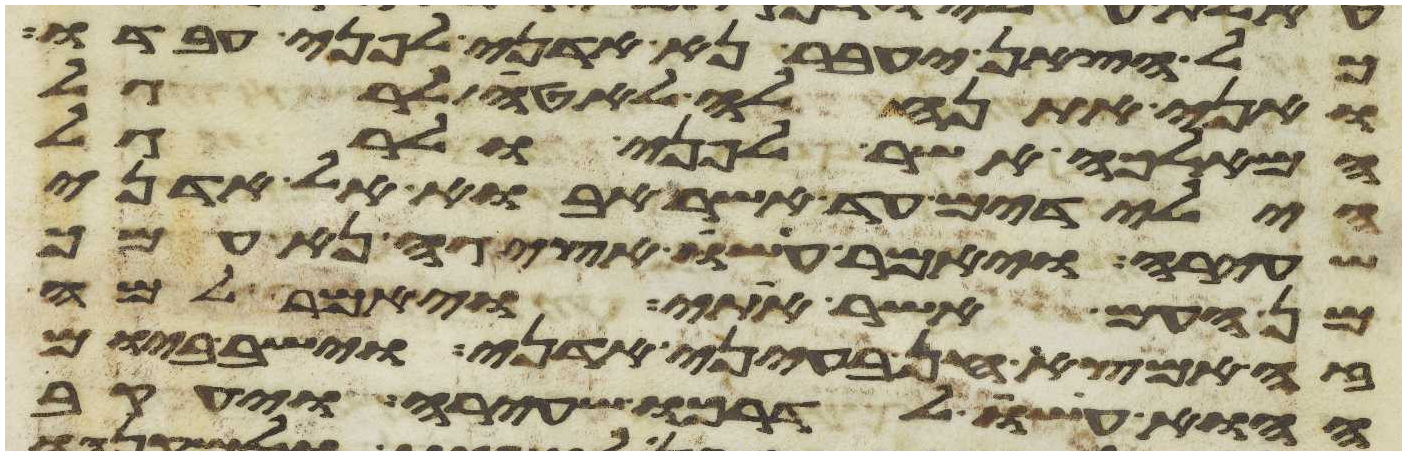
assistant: כל הצאן יעבר נא אדני לפני עבדו
ואני אתנהלה לאטי לרגל
המלאכה אשר לפני ולרגל
הילדים עד אשר אבוא אל אדני
שעירה ויאמר עשו אציגה נא עמך
מן העם אשר אתי ויאמר למה
זה אמצא חן בעיני אדני וישב ביום
ההוא עשו לדרכו שעירה ויעקב